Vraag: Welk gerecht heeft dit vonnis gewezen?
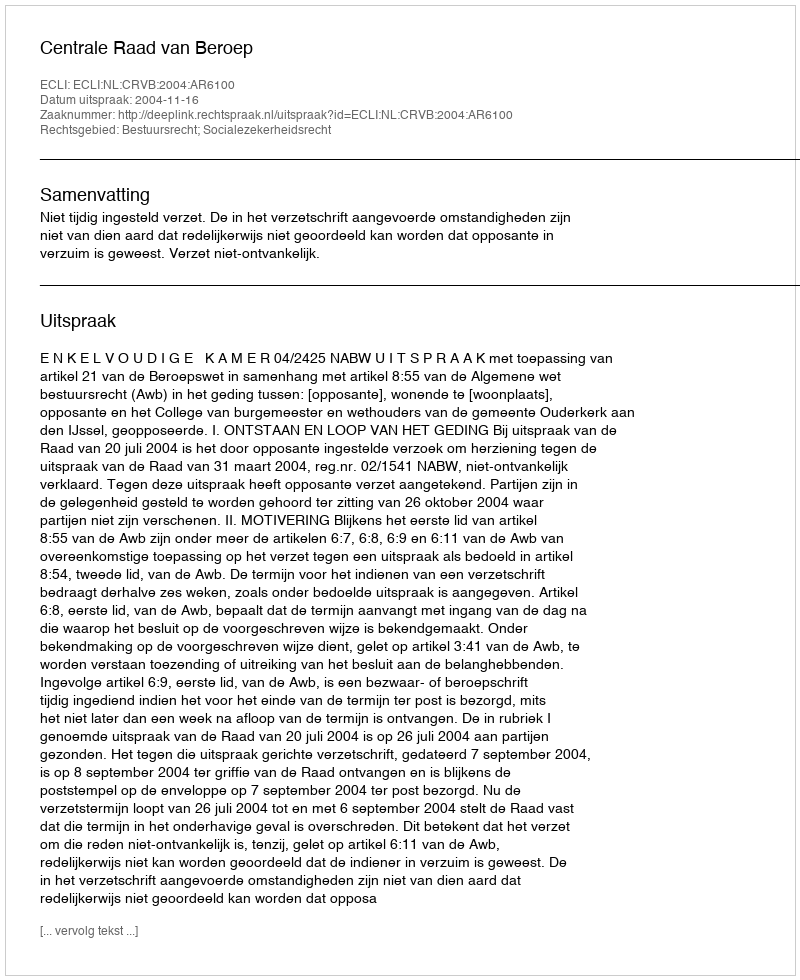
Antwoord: Centrale Raad van Beroep